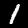
Digit: 1